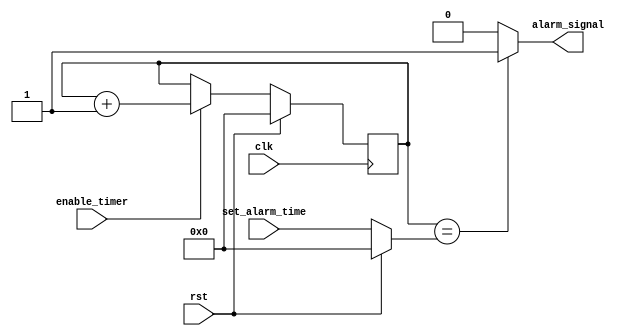
module RTC_timer (
    input wire clk, // Clock input
    input wire rst, // Reset input
    input wire [31:0] set_alarm_time, // Input for setting alarm time
    input wire enable_timer, // Enable/disable timer
    output reg alarm_signal // Output alarm signal
);

reg [31:0] current_time; // Register to keep track of current time
reg [31:0] alarm_time; // Register to store alarm time

// Counter module to increment current_time every clock cycle
always @(posedge clk) begin
    if (rst) begin
        current_time <= 32'b0;
    end else if (enable_timer) begin
        current_time <= current_time + 1;
    end
end

// Comparator to compare current_time with alarm_time
always @* begin
    if (current_time == alarm_time) begin
        alarm_signal <= 1;
    end else begin
        alarm_signal <= 0;
    end
end

// Control block to handle setting alarm time and enabling/disabling timer
always @* begin
    if (rst) begin
        alarm_time <= 32'b0;
    end else begin
        alarm_time <= set_alarm_time;
    end
end

endmodule